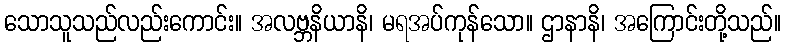
သောသူသည်လည်းကောင်း။ အလဗ္ဘနိယာနိ၊ မရအပ်ကုန်သော။ ဌာနာနိ၊ အကြောင်းတို့သည်။